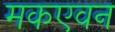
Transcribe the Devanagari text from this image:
मकएवन